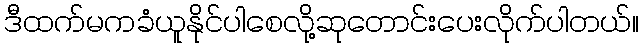
ဒီထက်မကခံယူနိုင်ပါစေလို့ဆုတောင်းပေးလိုက်ပါတယ်။